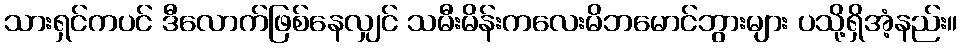
သားရှင်ကပင် ဒီလောက်ဖြစ်နေလျှင် သမီးမိန်းကလေးမိဘမောင်ဘွားများ ပသို့ရှိအံ့နည်း။